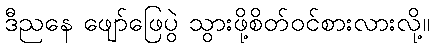
ဒီညနေ ဖျော်ဖြေပွဲ သွားဖို့စိတ်ဝင်စားလားလို့။